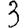
Digit: 3